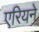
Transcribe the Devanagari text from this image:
एरियने